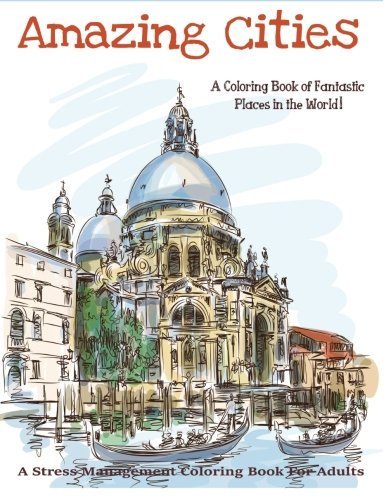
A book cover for Amazing Cities: A Coloring Book of Fantastic Places in the World! (Adult Coloring books, Adult coloring) (Adult Coloring Books of Amazing Cities) (Volume 1); Adult Coloring books best sellers; Arts & Photography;